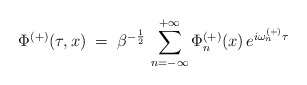
\begin{align*}\Phi^{(+)}(\tau,x)\;=\; \beta^{-\frac{1}{2}}\,\sum_{n=-\infty}^{+\infty} \Phi^{(+)}_n (x) \, e^{i \omega^{(+)}_n \tau}\end{align*}